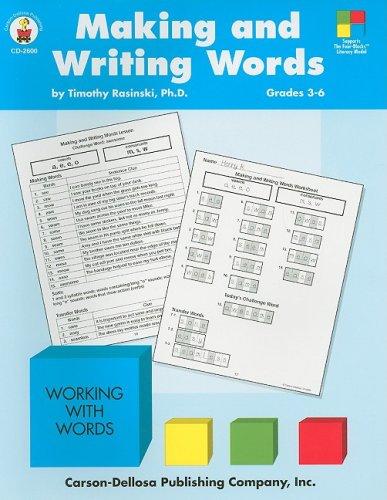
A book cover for Making and Writing Words: Grades 3-6 (Four-Blocks Literacy Model); Timothy Rasinski; Reference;